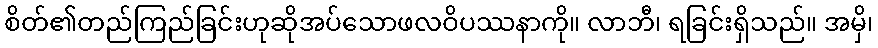
စိတ်၏တည်ကြည်ခြင်းဟုဆိုအပ်သောဖလဝိပဿနာကို။ လာဘီ၊ ရခြင်းရှိသည်။ အမှိ၊